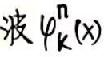
波 $\varphi_{k}^{n}(x)$